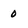
Character: 0